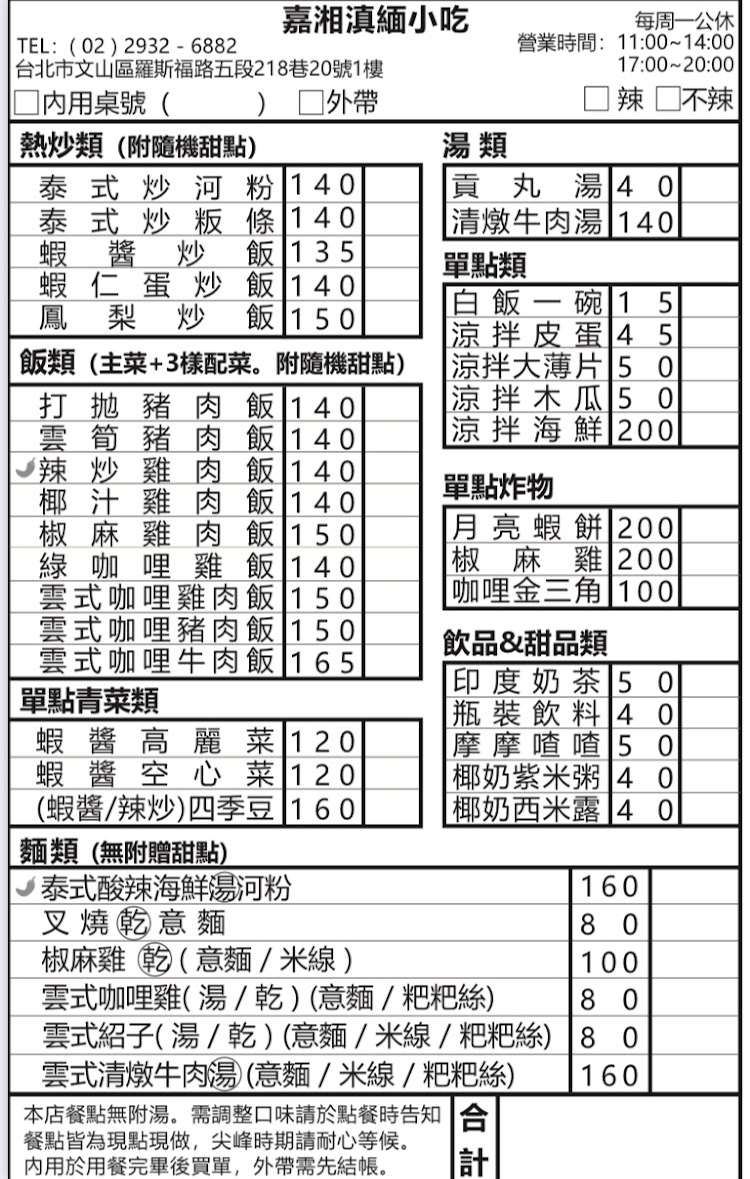
餐廳：嘉湘滇緬小吃
地址：台北市文山區羅斯福路五段218巷20號1樓
電話：(02)2932-6882
營業時間：每周一公休，營業時間:11:00~14:00,17:00~20:00
菜單：
name: 泰式炒河粉
price: 140
name: 泰式炒粄條
price: 140
name: 蝦醬炒飯
price: 135
name: 蝦仁蛋炒飯
price: 140
name: 鳳梨炒飯
price: 150
name: 打拋豬肉飯
price: 140
name: 雲筍豬肉飯
price: 140
name: 辣炒雞肉飯
price: 140
name: 椰汁雞肉飯
price: 140
name: 椒麻雞肉飯
price: 150
name: 綠咖哩雞飯
price: 140
name: 雲式咖哩雞肉飯
price: 150
name: 雲式咖哩豬肉飯
price: 150
name: 雲式咖哩牛肉飯
price: 165
name: 蝦醬高麗菜
price: 120
name: 蝦醬空心菜
price: 120
name: (蝦醬/辣炒)四季豆
price: 160
name: 泰式酸辣海鮮湯河粉
price: 160
name: 叉燒乾意麵
price: 80
name: 椒麻雞乾(意麵/米線)
price: 100
name: 白飯一碗
price: 15
name: 涼拌皮蛋
price: 45
name: 涼拌大薄片
price: 50
name: 涼拌木瓜
price: 150
name: 涼拌海鮮
price: 200
name: 貢丸湯
price: 40
name: 清燉牛肉湯
price: 140
name: 月亮蝦餅
price: 200
name: 椒麻雞
price: 200
name: 咖哩金三角
price: 100
name: 印度奶茶
price: 50
name: 瓶裝飲料
price: 40
name: 摩摩喳喳
price: 50
name: 椰奶紫米粥
price: 40
name: 椰奶西米露
price: 40
name: 雲式咖哩雞(湯/乾)(意麵/粑粑絲)
price: 80
name: 雲式紹子(湯/乾)(意麵/米線/粑粑絲)
price: 80
name: 雲式清燉牛肉湯(意麵/米線/粑粑絲)
price: 160